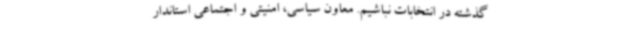
گذشته در انتخابات نباشیم. معاون سیاسی، امنیتی و اجتماعی استاندار